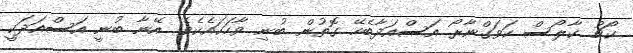
ކޯޗު ކާލޯސް ކަވަގްނާރޯ އަސްއަދާބެހޭ ގޮތުން ބުނި ވާހަކައެކެވެ. އޭނާ ބުނީ އަސްއަދަކީ